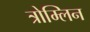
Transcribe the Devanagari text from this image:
त्रोम्लिन